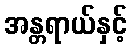
အန္တရာယ်နှင့်